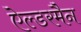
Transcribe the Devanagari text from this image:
ऐल्डरमैन